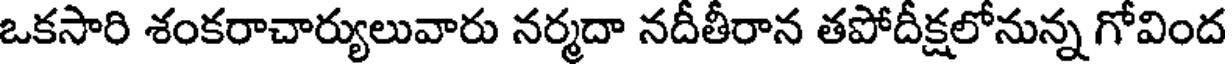
ఒకసారి శంకరాచార్యులువారు నర్మదా నదీతీరాన తపోదీక్షలోనున్న గోవింద